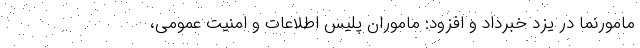
مامورنما در یزد خبرداد و افزود: ماموران پلیس اطلاعات و امنیت عمومی،